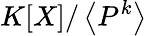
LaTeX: K[X]/\left\langle P^{k}\right\rangle